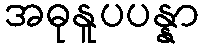
အဓုနူပပန္နာ